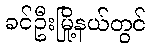
ခင်ဦးမြို့နယ်တွင်